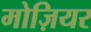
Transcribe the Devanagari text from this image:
मोज़ियर